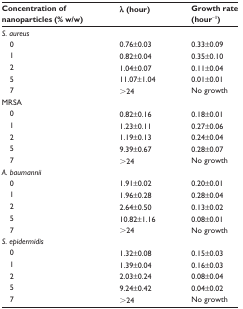
| Concentration of nanoparticles (% w/w) | λ (hour) | Growth rate (hour−1) |
 | --- | --- | --- |
 | <COLSPAN=3> S. aureus |
 | 0 | 0.76±0.03 | 0.33±0.09 |
 | 1 | 0.82±0.04 | 0.35±0.10 |
 | 2 | 1.04±0.07 | 0.11±0.04 |
 | 5 | 11.07±1.04 | 0.01±0.01 |
 | 7 | >24 | No growth |
 | <COLSPAN=3> MRSA |
 | 0 | 0.82±0.16 | 0.18±0.01 |
 | 1 | 1.23±0.11 | 0.27±0.06 |
 | 2 | 1.19±0.13 | 0.24±0.04 |
 | 5 | 9.39±0.67 | 0.28±0.07 |
 | 7 | >24 | No growth |
 | <COLSPAN=3> A. baumannii |
 | 0 | 1.91±0.02 | 0.20±0.01 |
 | 1 | 1.96±0.28 | 0.28±0.04 |
 | 2 | 2.64±0.50 | 0.13±0.02 |
 | 5 | 10.82±1.16 | 0.08±0.01 |
 | 7 | >24 | No growth |
 | <COLSPAN=3> S. epidermidis |
 | 0 | 1.32±0.08 | 0.15±0.03 |
 | 1 | 1.39±0.04 | 0.16±0.03 |
 | 2 | 2.03±0.24 | 0.08±0.04 |
 | 5 | 9.24±0.42 | 0.04±0.02 |
 | 7 | >24 | No growth |